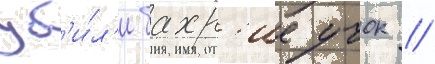
уб'и́л'и бахр'ие учок //